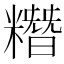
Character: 糣